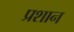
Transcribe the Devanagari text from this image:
प्रशान